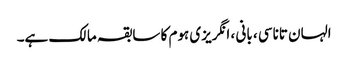
الہان ​​تاناسی ، بانی ، انگریزی ہوم کا سابقہ ​​مالک ہے۔